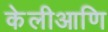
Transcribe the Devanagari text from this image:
केलीआणि